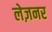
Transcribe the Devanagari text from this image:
लेज़नर